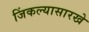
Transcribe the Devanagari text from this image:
जिंकल्यासारखे